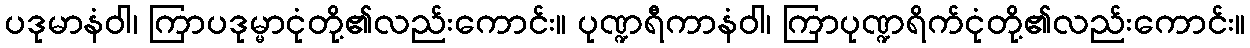
ပဒုမာနံဝါ၊ ကြာပဒုမ္မာငုံတို့၏လည်းကောင်း။ ပုဏ္ဍရီကာနံဝါ၊ ကြာပုဏ္ဍရိက်ငုံတို့၏လည်းကောင်း။